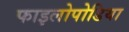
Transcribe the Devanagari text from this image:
फाइलोपोडिया